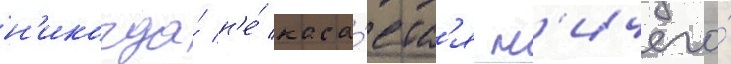
н'икогда́ н'е́ каса́етс'я н'ичего́